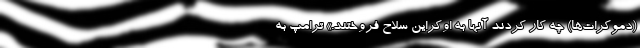
(دموکرات‌ها) چه کار کردند آنها به اوکراین سلاح فروختند.» ترامپ به